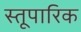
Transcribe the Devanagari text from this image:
स्तूपारिक